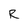
Character: R